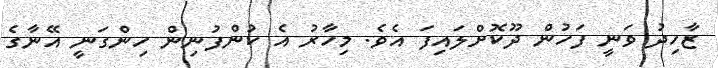
ޒާހިދު ވަނީ ފަހުން ދޫކޮށްލައިފަ އެވެ. މިހާރު އެ ކުންފުނިން ހިންގަނީ އޭނާގެ